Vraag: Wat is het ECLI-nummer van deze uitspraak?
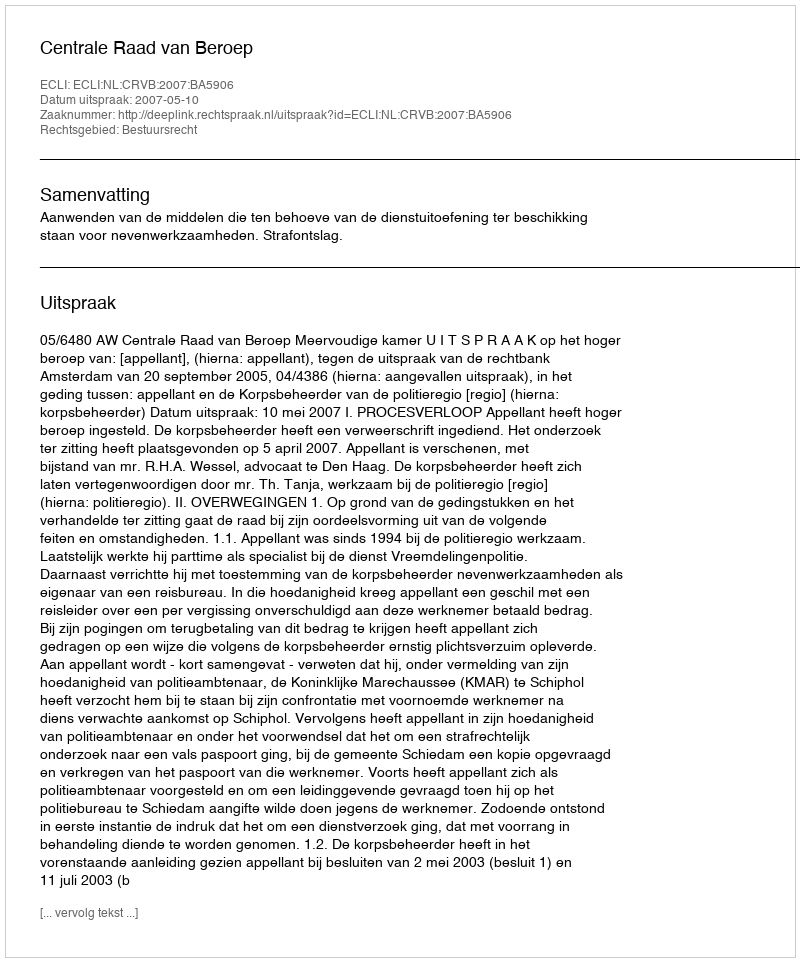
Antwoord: ECLI:NL:CRVB:2007:BA5906